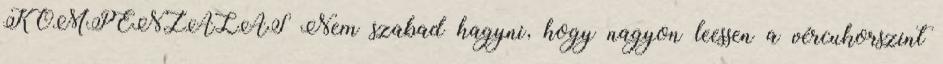
KOMPENZÁLÁS Nem szabad hagyni, hogy nagyon leessen a vércukorszint